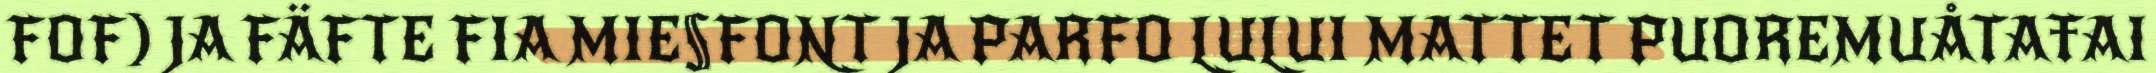
FOF) JA FÄFTE FIA MIE§FONT JA PARFO LULUI MATTET PUOREMUÅTAŦAI